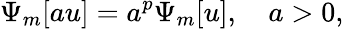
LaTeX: \Psi_{m}[au]=a^{p}\Psi_{m}[u],\quad a>0,